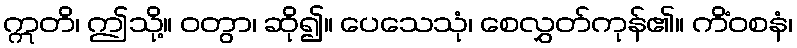
ဣတိ၊ ဤသို့။ ဝတွာ၊ ဆို၍။ ပေသေသုံ၊ စေလွှတ်ကုန်၏။ ကိံဝစနံ၊